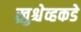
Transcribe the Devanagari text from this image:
ख्रुश्चेव्हकडे